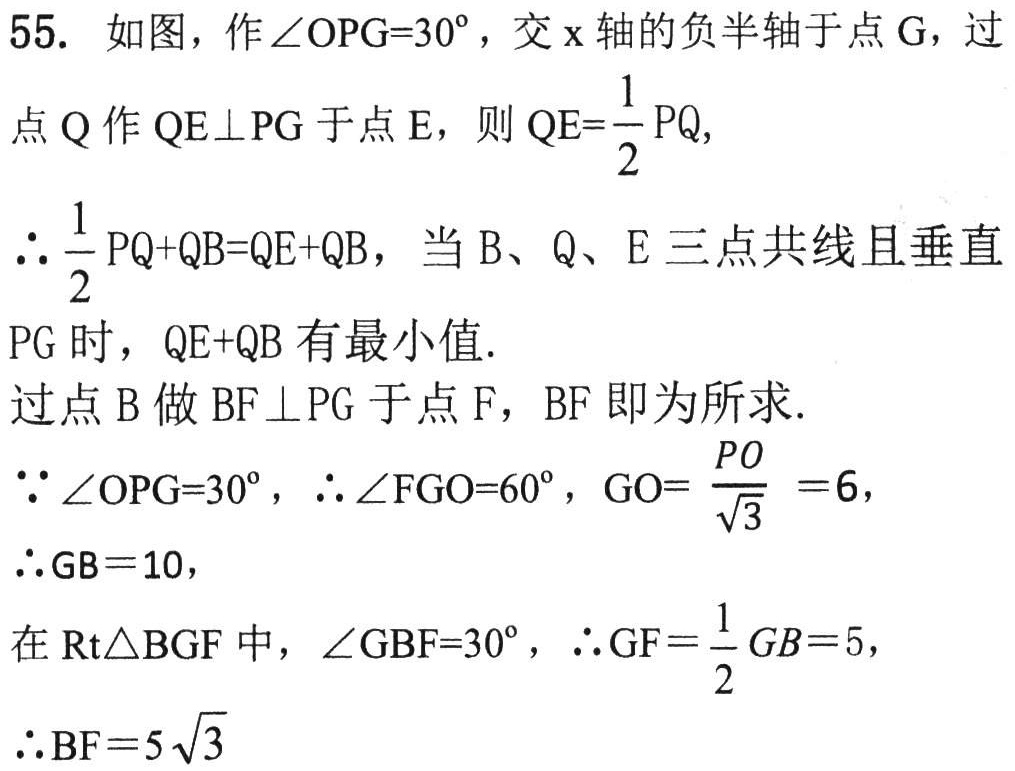
55. 如图，作\(\angle OPG = 30^{\circ}\)，交\(x\)轴的负半轴于点\(G\)，过
点\(Q\)作\(QE\perp PG\)于点\(E\)，则\(QE = \frac{1}{2}PQ\)，
\(\therefore\frac{1}{2}PQ + QB=QE + QB\)，当\(B\)、\(Q\)、\(E\)三点共线且垂直
\(PG\)时，\(QE + QB\)有最小值.
过点\(B\)做\(BF\perp PG\)于点\(F\)，\(BF\)即为所求.
\(\because\angle OPG = 30^{\circ}\)，\(\therefore\angle FGO = 60^{\circ}\)，\(GO=\frac{PO}{\sqrt{3}} = 6\)，
\(\therefore GB = 10\)，
在\(\text{Rt}\triangle BGF\)中，\(\angle GBF = 30^{\circ}\)，\(\therefore GF=\frac{1}{2}GB = 5\)，
\(\therefore BF = 5\sqrt{3}\)